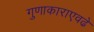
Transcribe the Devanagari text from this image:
गुणाकाराएवढे